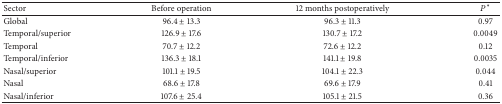
<table><thead><tr><td><b>Sector</b></td><td><b>Before operation</b></td><td><b>12 months postoperatively</b></td><td><b><i>P</i><sup><i>∗</i></sup></b></td></tr></thead><tbody><tr><td>Global</td><td>96.4 ± 13.3</td><td>96.3 ± 11.3</td><td>0.97</td></tr><tr><td>Temporal/superior</td><td>126.9 ± 17.6</td><td>130.7 ± 17.2</td><td>0.0049</td></tr><tr><td>Temporal</td><td>70.7 ± 12.2</td><td>72.6 ± 12.2</td><td>0.12</td></tr><tr><td>Temporal/inferior</td><td>136.3 ± 18.1</td><td>141.1 ± 19.8</td><td>0.0035</td></tr><tr><td>Nasal/superior</td><td>101.1 ± 19.5</td><td>104.1 ± 22.3</td><td>0.044</td></tr><tr><td>Nasal</td><td>68.6 ± 17.8</td><td>69.6 ± 17.9</td><td>0.41</td></tr><tr><td>Nasal/inferior</td><td>107.6 ± 25.4</td><td>105.1 ± 21.5</td><td>0.36</td></tr></tbody></table>